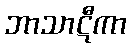
ဘာသာဋီကာ